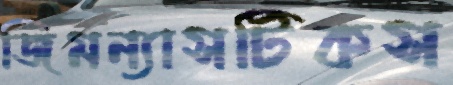
জিমন্যাসটিকস